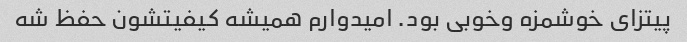
پیتزای خوشمزه وخوبی بود. امیدوارم همیشه کیفیتشون حفظ شه